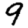
Digit: 9